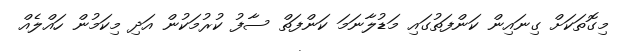
މިގޮތަކަށް ގިނައިން ކަންފަތުގައި މަޑުލާނަމަ ކަންފަތް ސާފު ކުރުމަކުން އަދި މިކަމުން ހައްލެއް